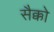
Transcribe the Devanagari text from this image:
सैक्को